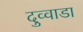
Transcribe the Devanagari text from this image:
दुव्वाडा